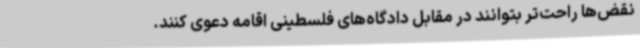
نقض‌ها راحت‌تر بتوانند در مقابل دادگاه‌های فلسطینی اقامه دعوی کنند.